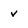
Character: v